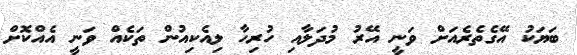
ބަޔަކު އޭގެތެރެއަށް ވަނީ އޭރު މުދަލާއި ހުރިހާ ލިއެކިއުން ތަކެއް ވަނީ އެއްކޮށް